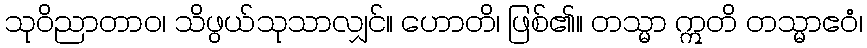
သုဝိညာတာဝ၊ သိဖွယ်သုသာလျှင်။ ဟောတိ၊ ဖြစ်၏။ တသ္မာ ဣတိ တသ္မာဧဝံ၊